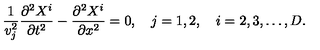
\frac { 1 } { v _ { j } ^ { 2 } } \frac { \partial ^ { 2 } X ^ { i } } { \partial t ^ { 2 } } - \frac { \partial ^ { 2 } X ^ { i } } { \partial x ^ { 2 } } = 0 , \quad j = 1 , 2 , \quad i = 2 , 3 , \dots , D { . }